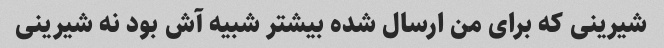
شیرینی که برای من ارسال شده بیشتر شبیه آش بود نه شیرینی